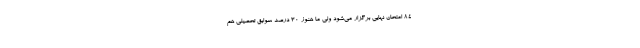
۸۴ امتحان نهایی برگزار می‌شود ولی ما هنوز ۳۰ درصد سوابق تحصیلی هم